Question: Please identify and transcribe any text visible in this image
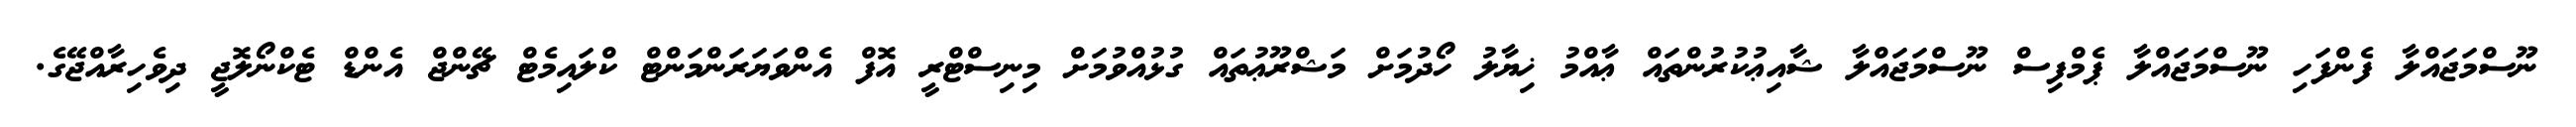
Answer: ނޫސްމަޖައްލާ ފެންފަހި ނޫސްމަޖައްލާ ޕެމްފިސް ނޫސްމަޖައްލާ ޝާއިޢުކުރުންތައް ޢާއްމު ޚިޔާލު ހޯދުމަށް މަޝްރޫޢުތައް ގުޅުއްވުމަށް މިނިސްޓްރީ އޮފް އެންވަޔަރަންމަންޓް ކްލައިމެޓް ޗޭންޖް އެންޑް ޓެކްނޯލޮޖީ ދިވެހިރާއްޖޭގެ.